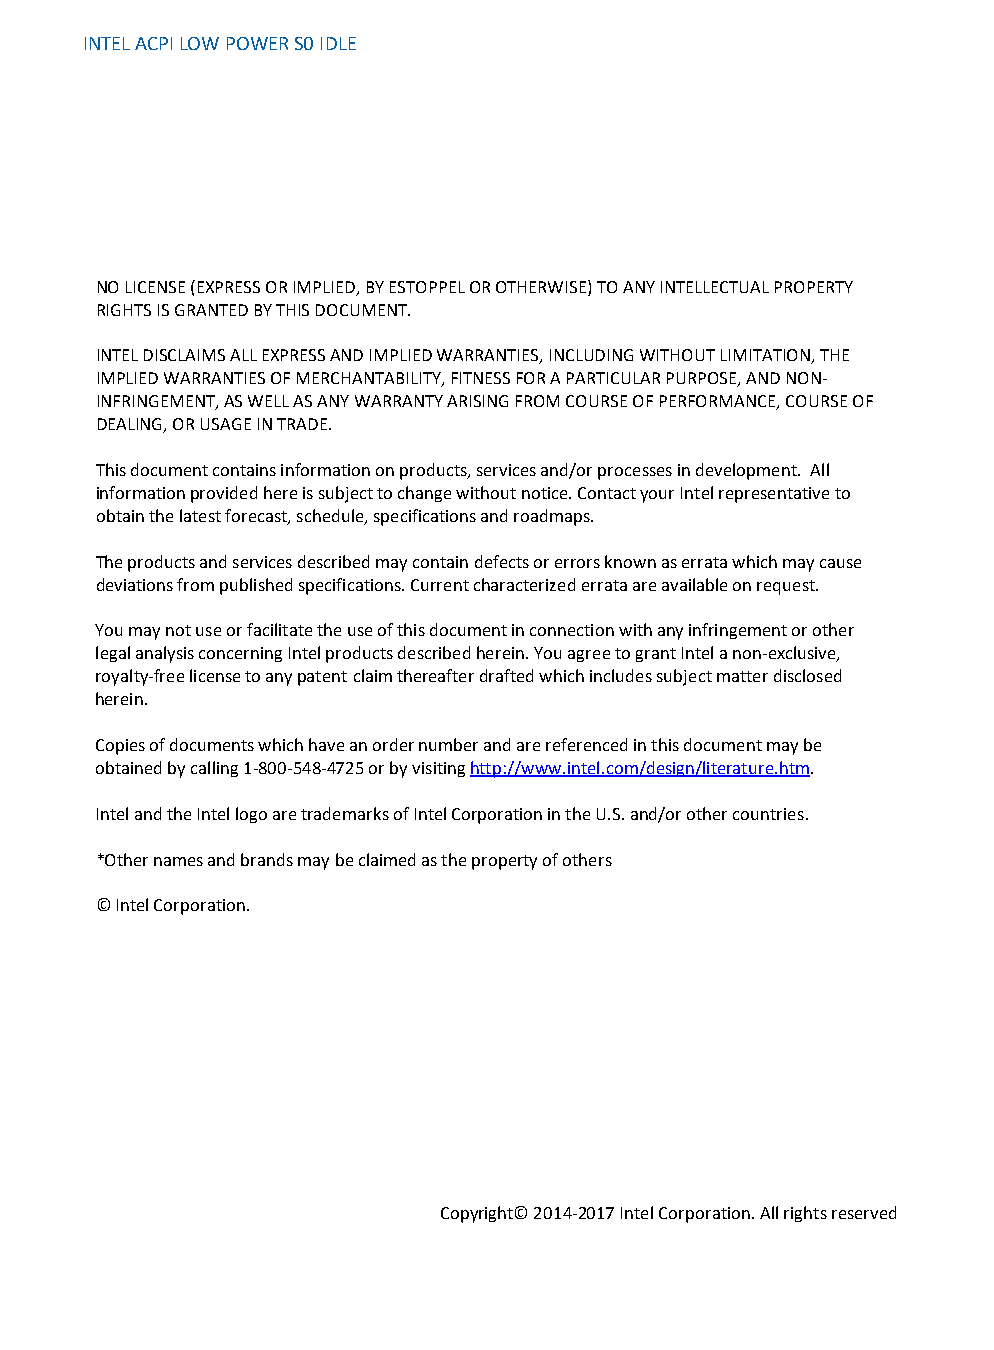
INTEL ACPI LOW POWER S0 IDLE
 NO LICENSE (EXPRESS OR IMPLIED, BY ESTOPPEL OR OTHERWISE) TO ANY INTELLECTUAL PROPERTY
 RIGHTS IS GRANTED BY THIS DOCUMENT.
 INTEL DISCLAIMS ALL EXPRESS AND IMPLIED WARRANTIES, INCLUDING WITHOUT LIMITATION, THE
 IMPLIED WARRANTIES OF MERCHANTABILITY, FITNESS FOR A PARTICULAR PURPOSE, AND NON-
 INFRINGEMENT, AS WELL AS ANY WARRANTY ARISING FROM COURSE OF PERFORMANCE, COURSE OF
 DEALING, OR USAGE IN TRADE.
 This document contains information on products, services and/or processes in development. All
 information provided here is subject to change without notice. Contact your Intel representative to
 obtain the latest forecast, schedule, specifications and roadmaps.
 The products and services described may contain defects or errors known as errata which may cause
 deviations from published specifications. Current characterized errata are available on request.
 You may not use or facilitate the use of this document in connection with any infringement or other
 legal analysis concerning Intel products described herein. You agree to grant Intel a non-exclusive,
 royalty-free license to any patent claim thereafter drafted which includes subject matter disclosed
 herein.
 Copies of documents which have an order number and are referenced in this document may be
 obtained by calling 1-800-548-4725 or by visiting http://www.intel.com/design/literature.htm.
 Intel and the Intel logo are trademarks of Intel Corporation in the U.S. and/or other countries.
 *Other names and brands may be claimed as the property of others
 © Intel Corporation.
 Copyright© 2014-2017 Intel Corporation. All rights reserved